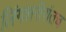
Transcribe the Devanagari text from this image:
लिंगशरीरांतच